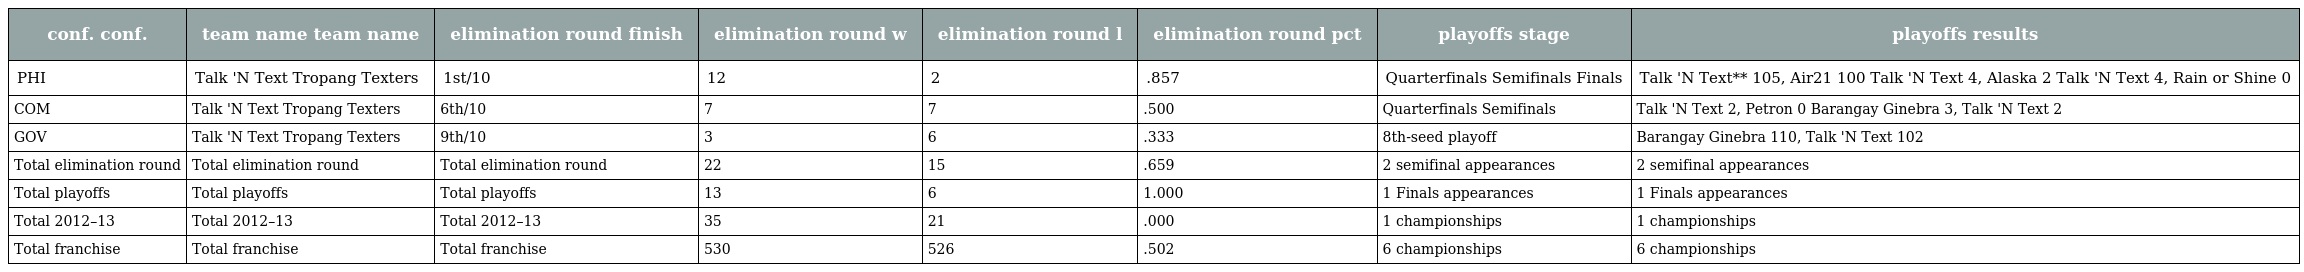
| conf. conf. | team name team name | elimination round finish | elimination round w | elimination round l | elimination round pct | playoffs stage | playoffs results |
 | --- | --- | --- | --- | --- | --- | --- | --- |
 | PHI | Talk 'N Text Tropang Texters | 1st/10 | 12 | 2 | .857 | Quarterfinals Semifinals Finals | Talk 'N Text** 105, Air21 100 Talk 'N Text 4, Alaska 2 Talk 'N Text 4, Rain or Shine 0 |
 | COM | Talk 'N Text Tropang Texters | 6th/10 | 7 | 7 | .500 | Quarterfinals Semifinals | Talk 'N Text 2, Petron 0 Barangay Ginebra 3, Talk 'N Text 2 |
 | GOV | Talk 'N Text Tropang Texters | 9th/10 | 3 | 6 | .333 | 8th-seed playoff | Barangay Ginebra 110, Talk 'N Text 102 |
 | Total elimination round | Total elimination round | Total elimination round | 22 | 15 | .659 | 2 semifinal appearances | 2 semifinal appearances |
 | Total playoffs | Total playoffs | Total playoffs | 13 | 6 | 1.000 | 1 Finals appearances | 1 Finals appearances |
 | Total 2012–13 | Total 2012–13 | Total 2012–13 | 35 | 21 | .000 | 1 championships | 1 championships |
 | Total franchise | Total franchise | Total franchise | 530 | 526 | .502 | 6 championships | 6 championships |